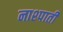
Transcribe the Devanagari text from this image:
नाश्पाती